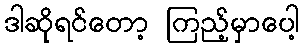
ဒါဆိုရင်တော့ ကြည့်မှာပေါ့